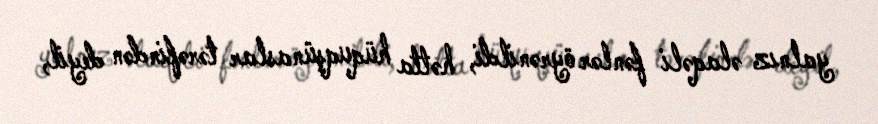
yalnız əlaqəli fənlər öyrənildi, hətta hüquqşünaslar tərəfindən deyil,